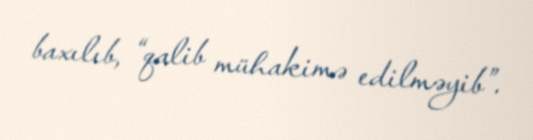
baxılıb, “qalib mühakimə edilməyib”.